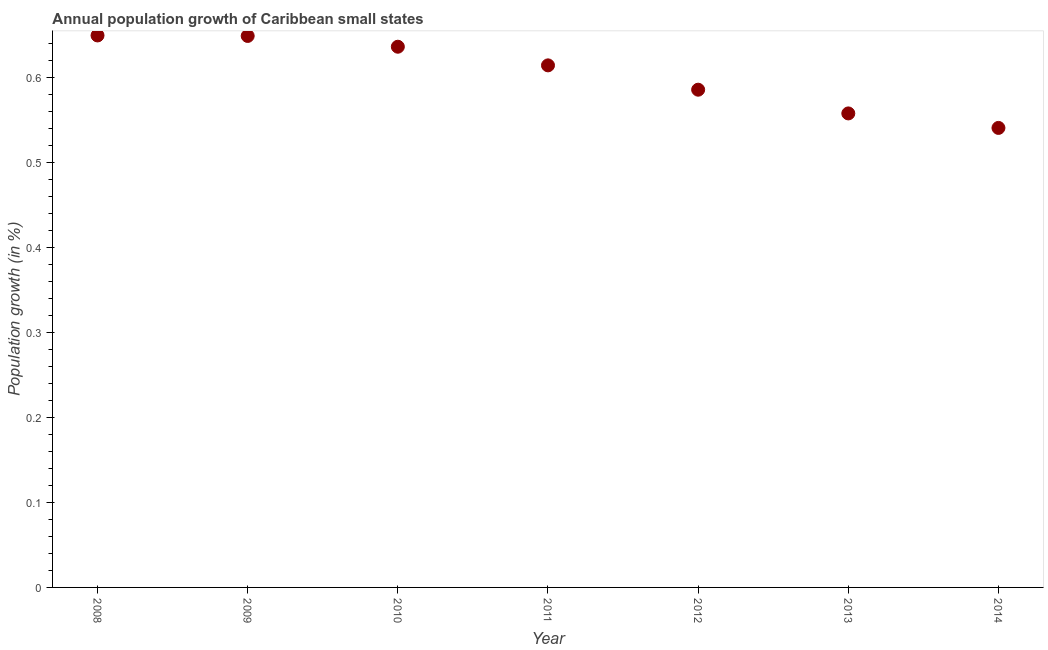
| Year | Population growth |
 | --- | --- |
 | 2008 | 0.65 |
 | 2009 | 0.649 |
 | 2010 | 0.637 |
 | 2011 | 0.615 |
 | 2012 | 0.586 |
 | 2013 | 0.558 |
 | 2014 | 0.541 |